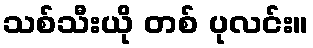
သစ်သီးယို တစ် ပုလင်း။